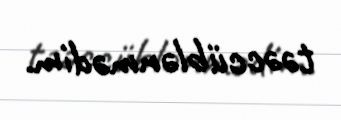
təəccüblənmədim.